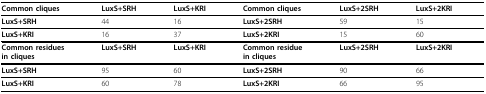
<table><thead><tr><td><b>Common cliques</b></td><td><b>LuxS+SRH</b></td><td><b>LuxS+KRI</b></td><td><b>Common cliques</b></td><td><b>LuxS+2SRH</b></td><td><b>LuxS+2KRI</b></td></tr></thead><tbody><tr><td><b>LuxS+SRH</b></td><td>44</td><td>16</td><td><b>LuxS+2SRH</b></td><td>59</td><td>15</td></tr><tr><td><b>LuxS+KRI</b></td><td>16</td><td>37</td><td><b>LuxS+2KRI</b></td><td>15</td><td>60</td></tr><tr><td><b>Common residues</b><b>in cliques</b></td><td><b>LuxS+SRH</b></td><td><b>LuxS+KRI</b></td><td><b>Common residue </b><b>in cliques</b></td><td><b>LuxS+2SRH</b></td><td><b>LuxS+2KRI</b></td></tr><tr><td><b>LuxS+SRH</b></td><td>95</td><td>60</td><td><b>LuxS+2SRH</b></td><td>90</td><td>66</td></tr><tr><td><b>LuxS+KRI</b></td><td>60</td><td>78</td><td><b>LuxS+2KRI</b></td><td>66</td><td>95</td></tr></tbody></table>